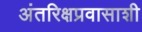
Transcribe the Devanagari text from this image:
अंतरिक्षप्रवासाशी